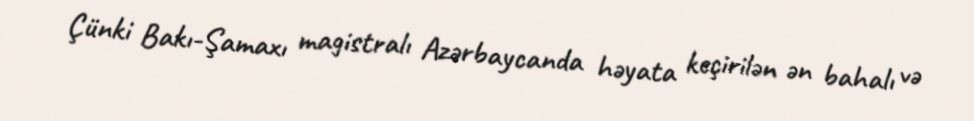
Çünki Bakı-Şamaxı magistralı Azərbaycanda həyata keçirilən ən bahalı və